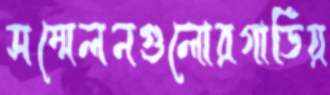
সম্মেলনগুলোরগার্ডিয়